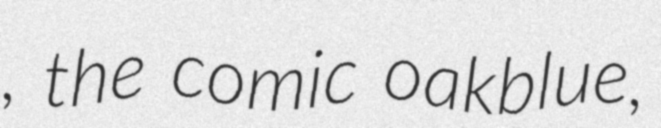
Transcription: , the comic oakblue,